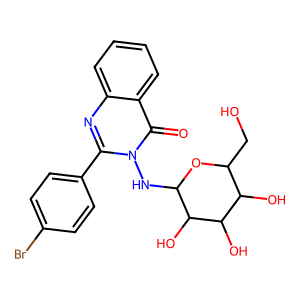
SMILES: O=c1c2ccccc2nc(-c2ccc(Br)cc2)n1NC1OC(CO)C(O)C(O)C1O
Inhibits HIV replication: No